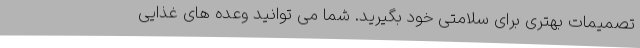
تصمیمات بهتری برای سلامتی خود بگیرید. شما می توانید وعده های غذایی